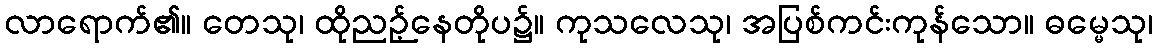
လာရောက်၏။ တေသု၊ ထိုညဉ့်နေတိုပ၌။ ကုသလေသု၊ အပြစ်ကင်းကုန်သော။ ဓမ္မေသု၊